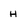
Character: H